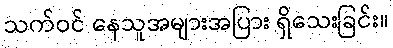
သက်ဝင် နေသူအများအပြား ရှိသေးခြင်း။